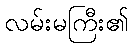
လမ်းမကြီး၏